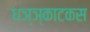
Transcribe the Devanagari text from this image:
धञ्ञ्काटकस